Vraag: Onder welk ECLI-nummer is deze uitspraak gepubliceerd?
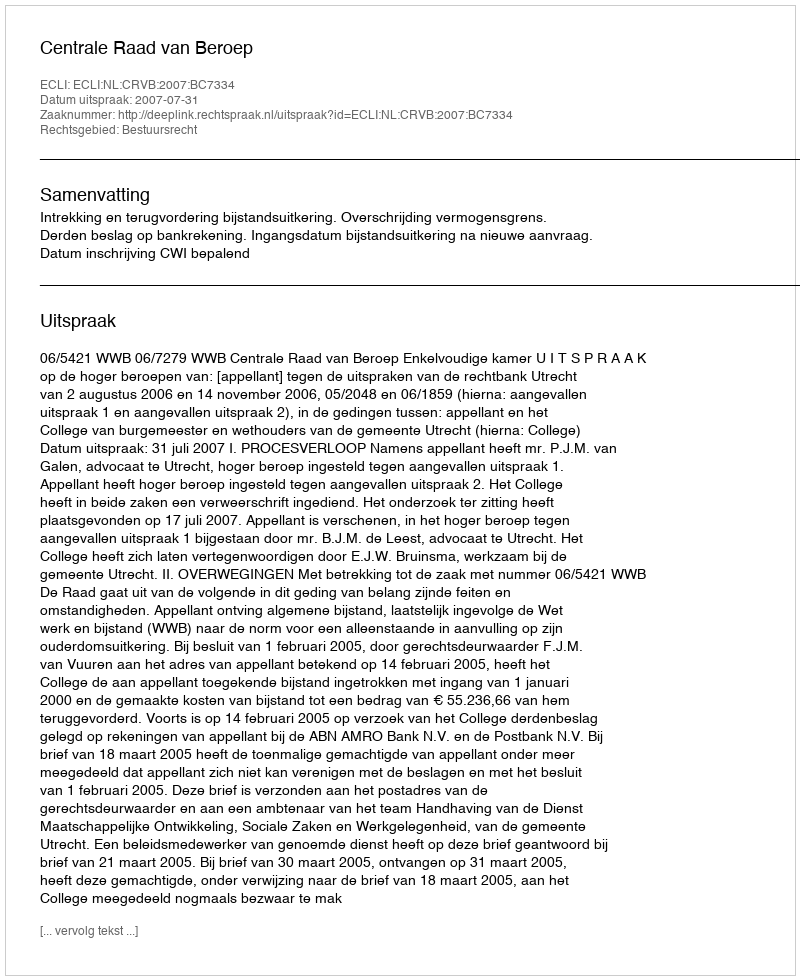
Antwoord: ECLI:NL:CRVB:2007:BC7334